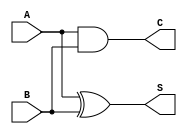
`timescale 1ns / 1ps
module HalfAdder(input A, input B, output S, output C);
	 
xor(S,A,B);
and(C,A,B);

endmodule